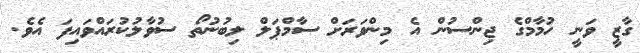
ގާޒީ ވަނީ ހުމާމްގެ ޖިންސުން އެ މިންވަރަށް ސާމްޕަލް ލިބުނުތޯ ސުވާލުކުރައްވައިފަ އެވެ.